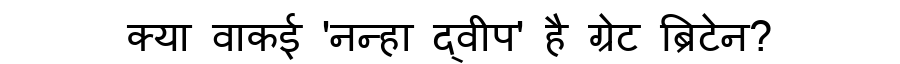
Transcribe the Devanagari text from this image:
क्या वाकई 'नन्हा द्वीप' है ग्रेट ब्रिटेन?